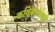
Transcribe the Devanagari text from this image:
कवितासंग्रहही